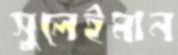
সুলেইমান